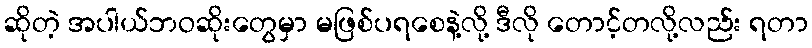
ဆိုတဲ့ အပါယ်ဘဝဆိုးတွေမှာ မဖြစ်ပရစေနဲ့လို့ ဒီလို တောင့်တလို့လည်း ရတာ